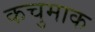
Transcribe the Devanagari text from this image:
कचुमाक